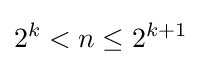
2^{k}<n\leq 2^{k+1}